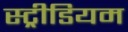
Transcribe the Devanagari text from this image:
स्ट्रीडियम